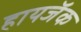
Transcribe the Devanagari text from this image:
हायजॅक